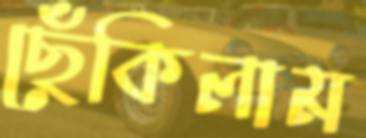
ছেঁকিলাম